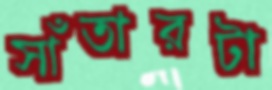
সাঁতারটা